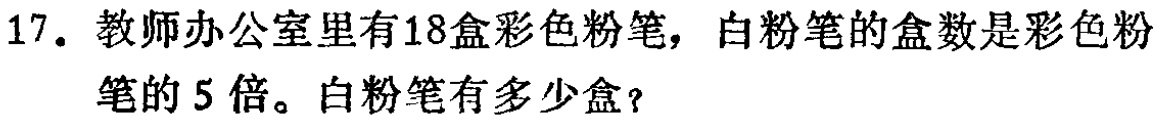
17. 教师办公室里有18盒彩色粉笔，白粉笔的盒数是彩色粉笔的5倍。白粉笔有多少盒？